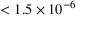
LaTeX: < 1 . 5 \times 1 0 ^ { - 6 }